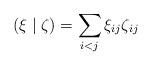
LaTeX: \begin{align*}(\xi\mid\zeta)=\sum_{i<j}\xi_{ij}\zeta_{ij}\end{align*}